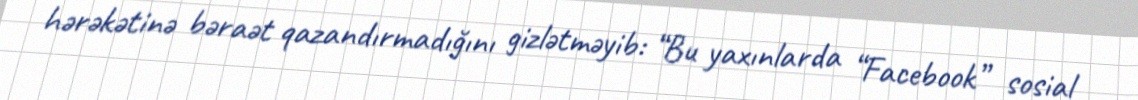
hərəkətinə bəraət qazandırmadığını gizlətməyib: “Bu yaxınlarda “Facebook” sosial